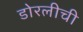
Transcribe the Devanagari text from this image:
डोरलीची